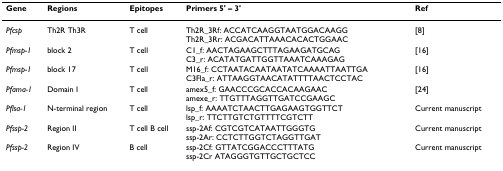
<table><thead><tr><td><b>Gene</b></td><td><b>Regions</b></td><td><b>Epitopes</b></td><td><b>Primers 5&#x27; – 3&#x27;</b></td><td><b>Ref</b></td></tr></thead><tbody><tr><td><i>Pfcsp</i></td><td>Th2R Th3R</td><td>T cell</td><td>Th2R_3Rf: ACCATCAAGGTAATGGACAAGGTh2R_3Rr: ACGACATTAAACACACTGGAAC</td><td>[8]</td></tr><tr><td><i>Pfmsp-1</i></td><td>block 2</td><td>T cell</td><td>C1_f: AACTAGAAGCTTTAGAAGATGCAGC3_r: ACATATGATTGGTTAAATCAAAGAG</td><td>[16]</td></tr><tr><td><i>Pfmsp-1</i></td><td>block 17</td><td>T cell</td><td>M16_f: CCTAATACAATAATATCAAAATTAATTGAC3Fla_r: ATTAAGGTAACATATTTTAACTCCTAC</td><td>[16]</td></tr><tr><td><i>Pfama-1</i></td><td>Domain I</td><td>T cell</td><td>amex5_f: GAACCCGCACCACAAGAACamexe_r: TTGTTTAGGTTGATCCGAAGC</td><td>[24]</td></tr><tr><td><i>Pflsa-1</i></td><td>N-terminal region</td><td>T cell</td><td>lsp_f: AAAATCTAACTTGAGAAGTGGTTCTlsp_r: TTCTTGTCTGTTTTCGTCTT</td><td>Current manuscript</td></tr><tr><td><i>Pfssp-2</i></td><td>Region II</td><td>T cell B cell</td><td>ssp-2Af: CGTCGTCATAATTGGGTGssp-2Ar: CCTCTTGGTCTAGGTTGAT</td><td>Current manuscript</td></tr><tr><td><i>Pfssp-2</i></td><td>Region IV</td><td>B cell</td><td>ssp-2Cf: GTTATCGGACCCTTTATGssp-2Cr ATAGGGTGTTGCTGCTCC</td><td>Current manuscript</td></tr></tbody></table>